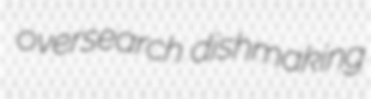
oversearch dishmaking